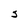
Character: J